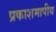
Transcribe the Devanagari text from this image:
प्रकाशमापीय